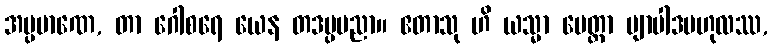
အပ္ပမာဏေ, တာ ဂေါစရေ ယေန တဒပ္ပမညာ။ ဧတာသု ဟိ ယသ္မာ မေတ္တာ ဗျာပါဒဗဟုလဿ,